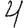
Digit: 4